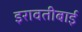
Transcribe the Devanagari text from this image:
इरावतीबाई